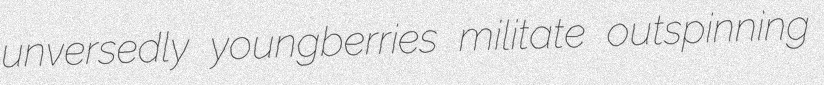
unversedly youngberries militate outspinning